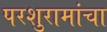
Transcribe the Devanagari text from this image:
परशुरामांचा